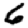
Digit: 6